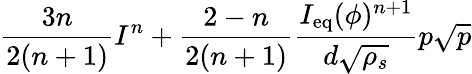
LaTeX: \displaystyle\frac{3n}{2(n+1)}I^{n}+\frac{2-n}{2(n+1)}\frac{I_{\mathrm{eq}}(\phi)^{n+1}}{d\sqrt{\rho_{s}}}p\sqrt{p}